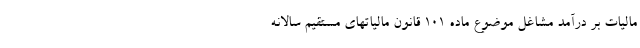
مالیات بر درآمد مشاغل موضوع ماده ۱۰۱ قانون مالیاتهای مستقیم سالانه